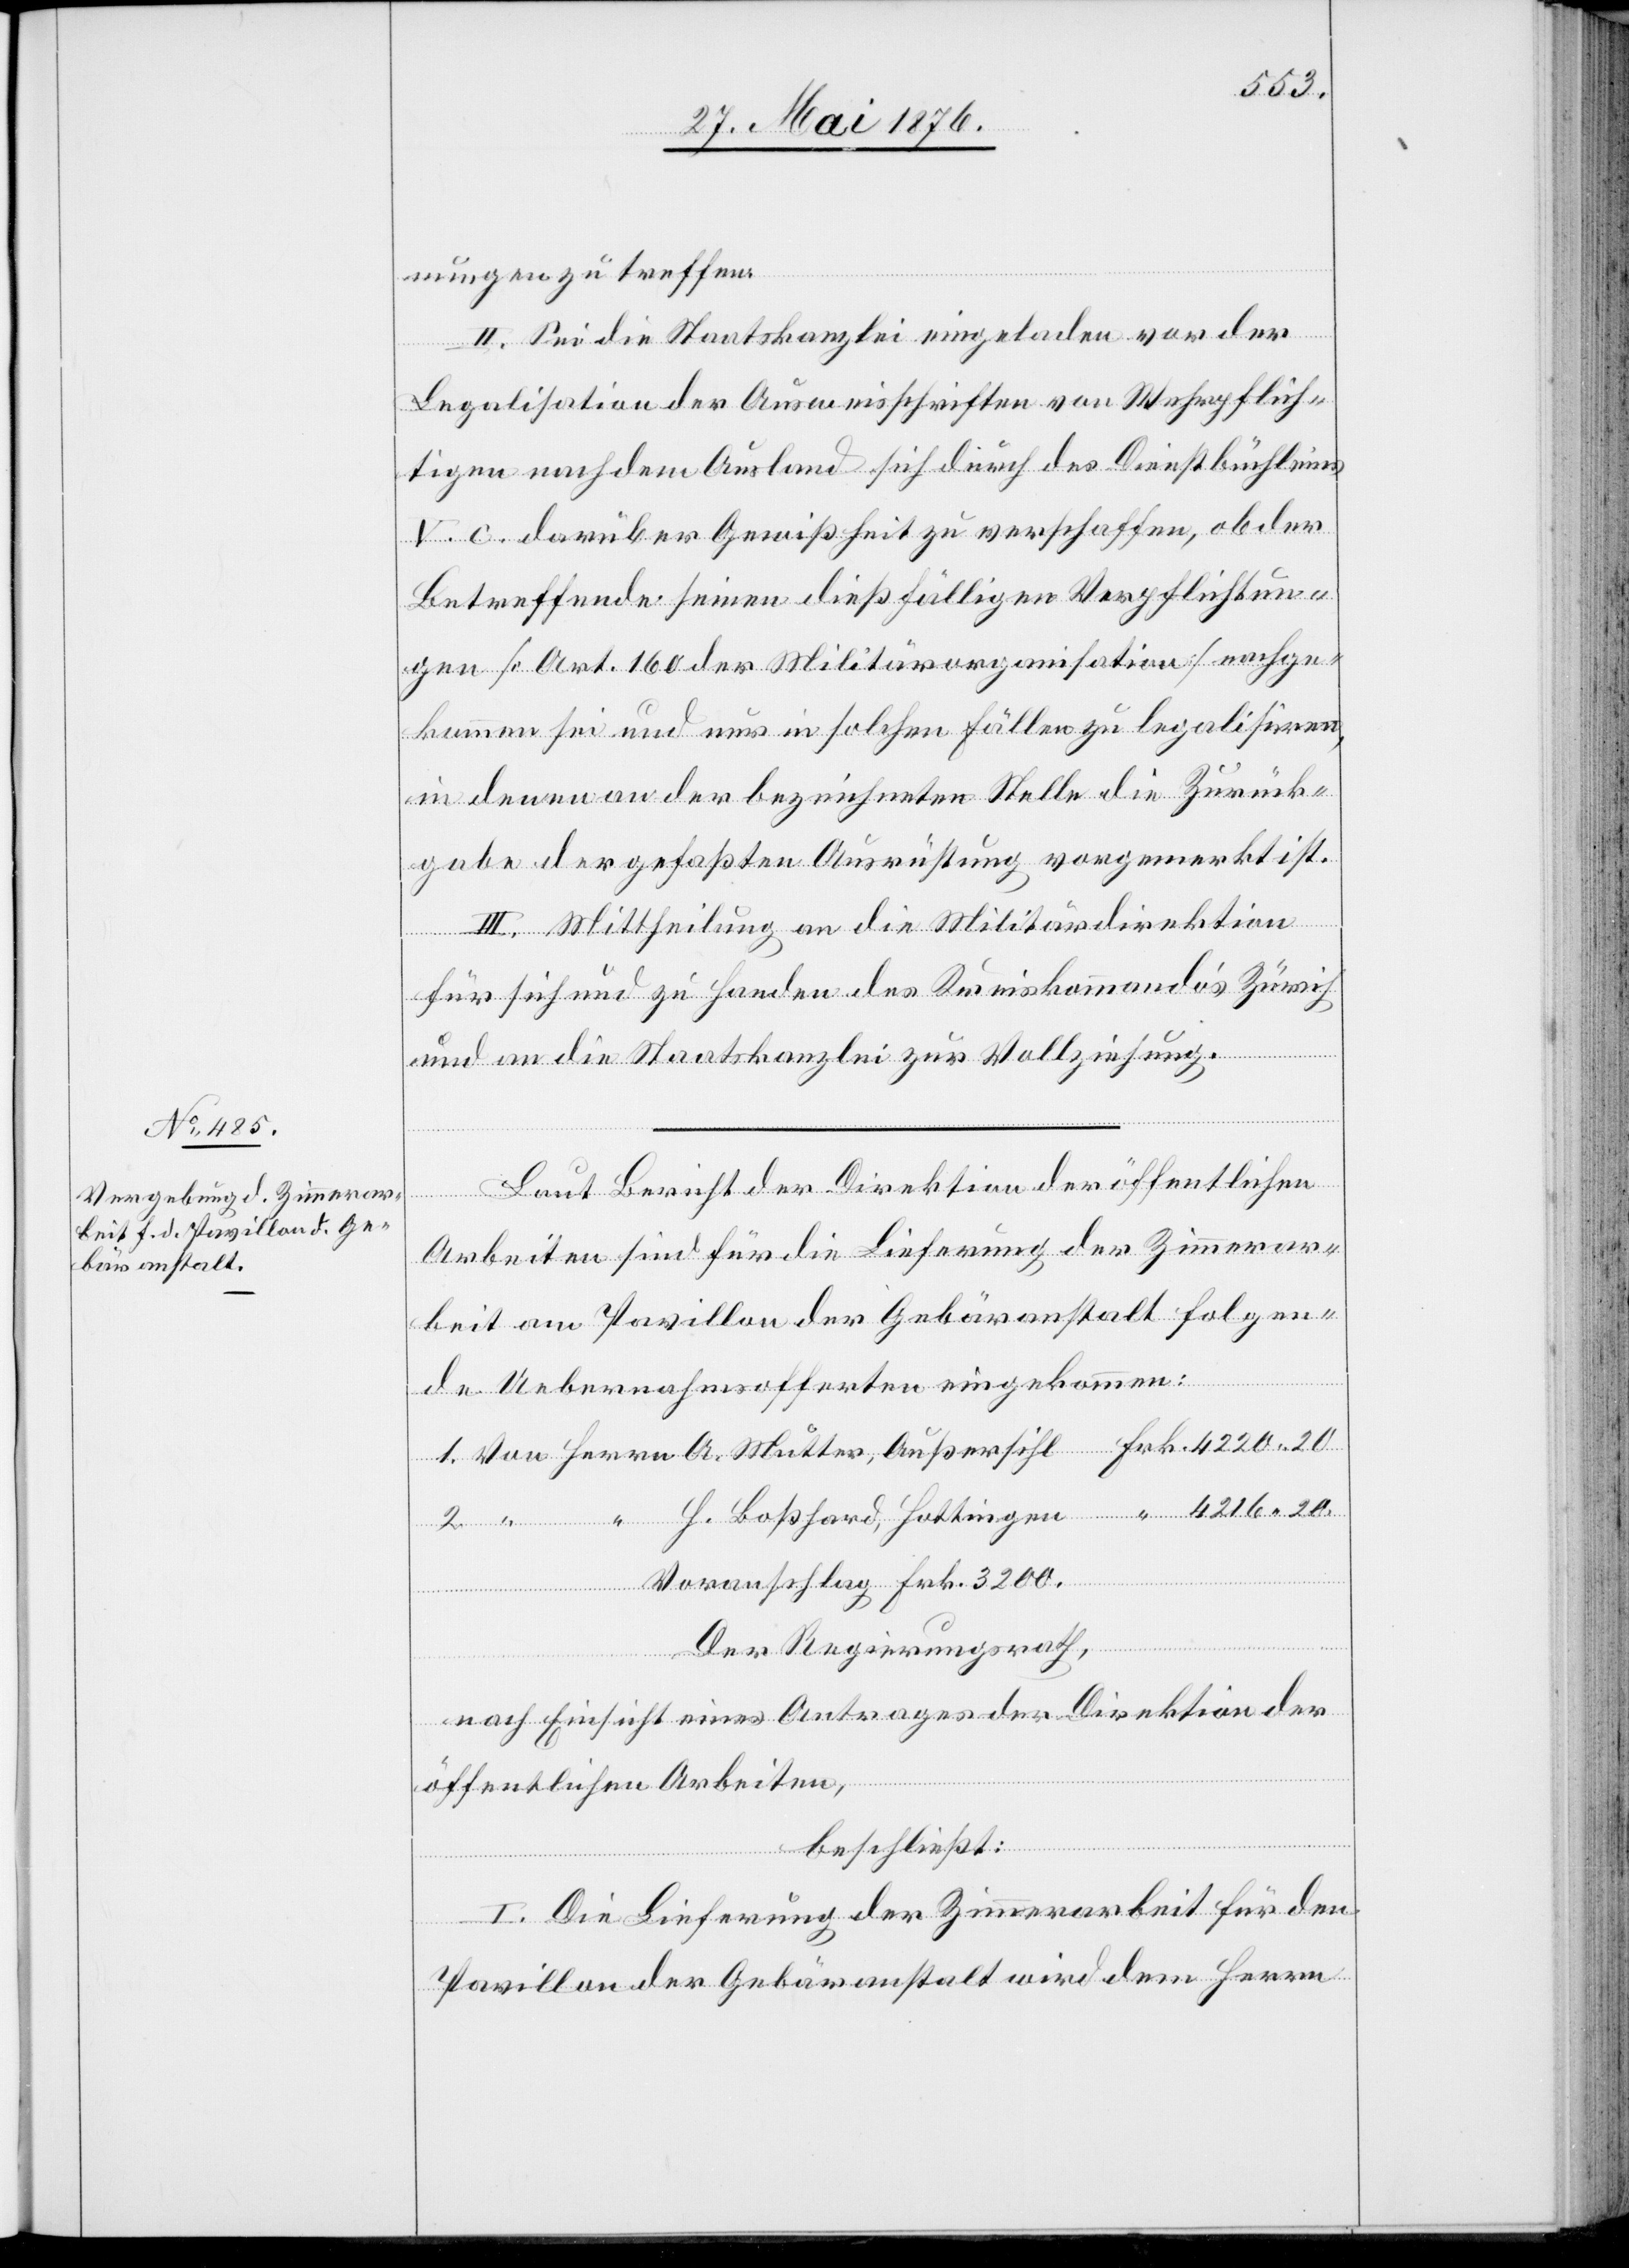
20.
nungen zu treffen.
II. Sei die Staatskanzlei eingeladen vor der
Legalisation der Ausweisschriften von Wehrpflich¬
tigen dem Ausland & sich durch des Dienstbüchleins
V. C. darüber Gewißheit zu verschaffen, ob der
Betreffende seinen dießfälligen Verpflichtun¬
gen [Art. 160 der Militärorganisation] nachzu¬
kommen sei und nur in solchen Fällen zu legalisieren,
in denen an der bezeichneten Stelle die Zurück¬
gabe der gefaßten Ausrüstung vorgemerkt ist.
III. Mittheilung an die Militärdepartement
für sich und zu Handen des Kreiskommandos Zürich
und an die Staatskanzlei zur Vollziehung.
Arbeiten sind für die Lieferung der Zimmerar¬
beit am Pavillon der Gebäranstalt folgen¬
Hottingen
de Uebernahmsofferten eingekommen:
Voranschlag Frk. 3200.
Bericht der Direktion der
Der Regierungsrath,
nach Einsicht eines Antrages der Direktion der
öffentlichen Arbeiten,
beschließt:
Mutter,
I. Die Lieferung der Zimmerarbeit für den
Pavillon der Gebäranstalt wird dem Herrn